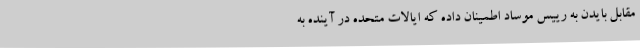
مقابل بایدن به رییس موساد اطمینان داده که ایالات متحده در آینده به